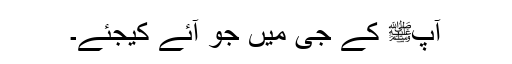
آپﷺ کے جی میں جو آئے کیجئے۔